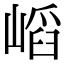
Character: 𡺫